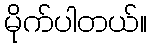
မိုက်ပါတယ်။